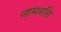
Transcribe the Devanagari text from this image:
नामवलि